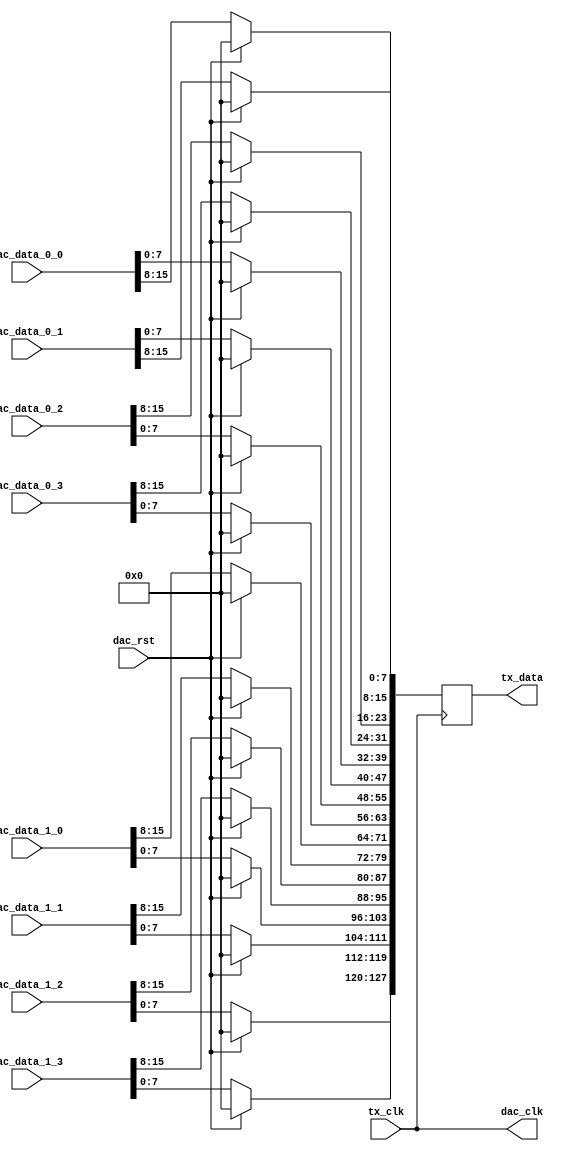
module axi_ad9152_if (

  // jesd interface
  // tx_clk is (line-rate/40)

  tx_clk,
  tx_data,

  // dac interface

  dac_clk,
  dac_rst,
  dac_data_0_0,
  dac_data_0_1,
  dac_data_0_2,
  dac_data_0_3,
  dac_data_1_0,
  dac_data_1_1,
  dac_data_1_2,
  dac_data_1_3);

  // jesd interface
  // tx_clk is (line-rate/40)

  input           tx_clk;
  output [127:0]  tx_data;

  // dac interface

  output          dac_clk;
  input           dac_rst;
  input   [15:0]  dac_data_0_0;
  input   [15:0]  dac_data_0_1;
  input   [15:0]  dac_data_0_2;
  input   [15:0]  dac_data_0_3;
  input   [15:0]  dac_data_1_0;
  input   [15:0]  dac_data_1_1;
  input   [15:0]  dac_data_1_2;
  input   [15:0]  dac_data_1_3;

  // internal registers

  reg    [127:0]  tx_data = 'd0;

  // reorder data for the jesd links

  assign dac_clk = tx_clk;

  always @(posedge dac_clk) begin
    if (dac_rst == 1'b1) begin
      tx_data <= 128'd0;
    end else begin
      tx_data[127:120] <= dac_data_1_3[ 7: 0];
      tx_data[119:112] <= dac_data_1_2[ 7: 0];
      tx_data[111:104] <= dac_data_1_1[ 7: 0];
      tx_data[103: 96] <= dac_data_1_0[ 7: 0];
      tx_data[ 95: 88] <= dac_data_1_3[15: 8];
      tx_data[ 87: 80] <= dac_data_1_2[15: 8];
      tx_data[ 79: 72] <= dac_data_1_1[15: 8];
      tx_data[ 71: 64] <= dac_data_1_0[15: 8];
      tx_data[ 63: 56] <= dac_data_0_3[ 7: 0];
      tx_data[ 55: 48] <= dac_data_0_2[ 7: 0];
      tx_data[ 47: 40] <= dac_data_0_1[ 7: 0];
      tx_data[ 39: 32] <= dac_data_0_0[ 7: 0];
      tx_data[ 31: 24] <= dac_data_0_3[15: 8];
      tx_data[ 23: 16] <= dac_data_0_2[15: 8];
      tx_data[ 15:  8] <= dac_data_0_1[15: 8];
      tx_data[  7:  0] <= dac_data_0_0[15: 8];
    end
  end

endmodule